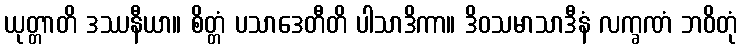
ယုတ္တာတိ ဒဿနီယာ။ စိတ္တံ ပသာဒေတီတိ ပါသာဒိကာ။ ဒိဝသမာသာဒီနံ လက္ခဏံ ဘဝိတုံ